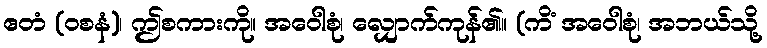
ဧတံ (ဝစနံ)၊ ဤစကားကို။ အဝေါစုံ၊ လျှောက်ကုန်၏။ (ကိံ အဝေါစုံ၊ အဘယ်သို့